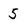
Character: 5